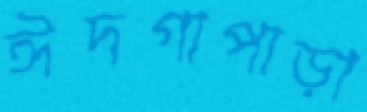
ঈদগাপাড়া